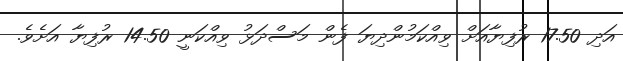
އަދި 17.50 ރުފިޔާއަށް ވިއްކަމުންދިޔަ ފެން މަސްދަޅު ވިއްކަނީ 14.50 ރުފިޔާ އަށެވެ.